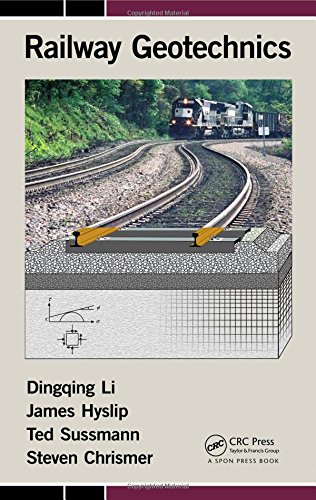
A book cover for Railway Geotechnics; Dingqing Li; Engineering & Transportation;